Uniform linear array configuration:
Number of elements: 12
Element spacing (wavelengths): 0.25
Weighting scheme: hann
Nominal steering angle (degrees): -15
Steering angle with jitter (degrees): -15.061
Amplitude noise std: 0.05
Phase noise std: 0.05

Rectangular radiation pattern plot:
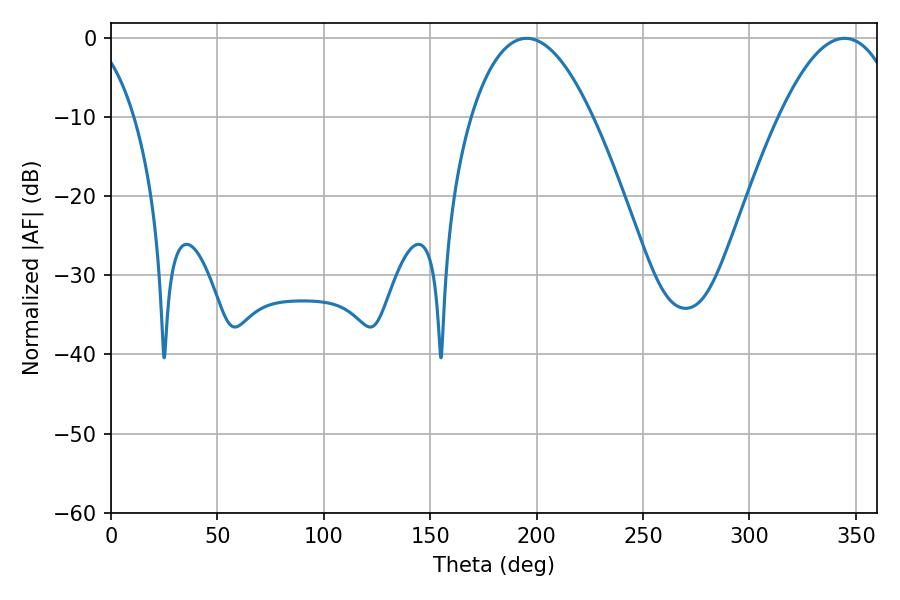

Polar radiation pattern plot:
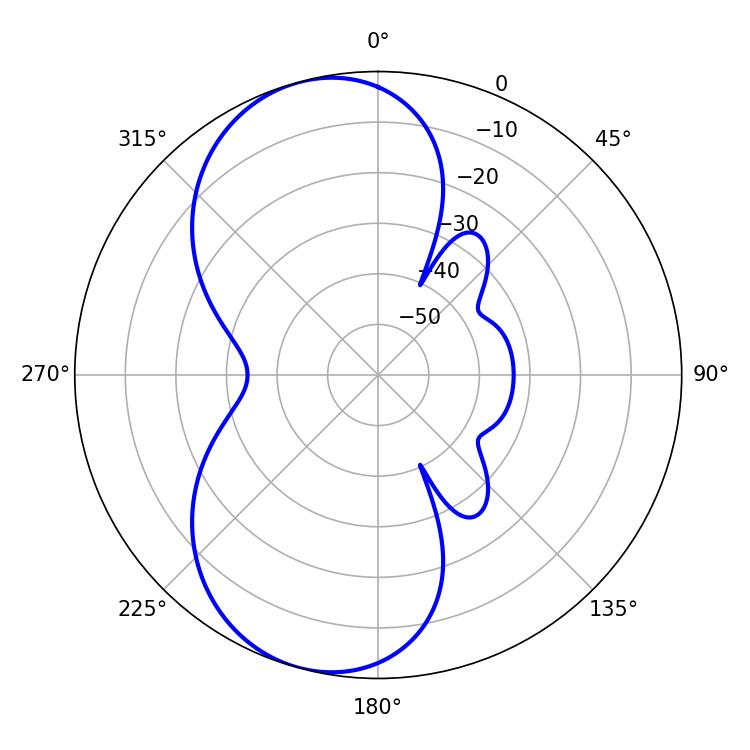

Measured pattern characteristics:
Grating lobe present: FALSE
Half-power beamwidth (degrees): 31.68
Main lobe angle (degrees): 195.3